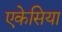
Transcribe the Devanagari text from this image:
एकेसिया